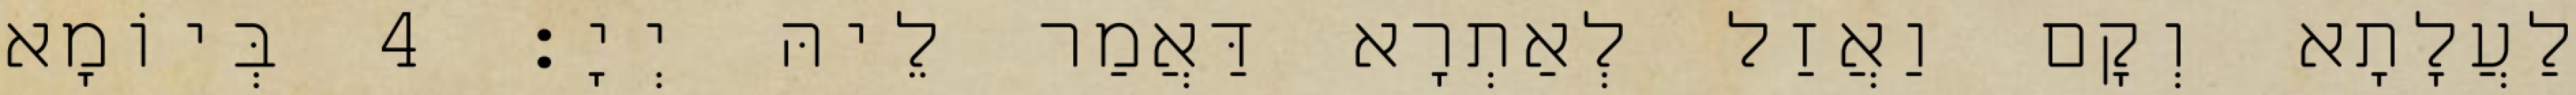
לַעֲלָתָא וְקָם וַאֲזַל לְאַתְרָא דַּאֲמַר לֵיהּ יְיָ׃ 4 בְּיוֹמָא